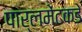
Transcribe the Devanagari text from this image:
पार्लमेंटकडे